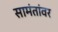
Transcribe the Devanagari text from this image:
सामंतांवर